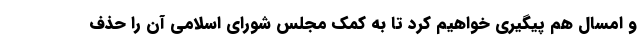
و امسال هم پیگیری خواهیم کرد تا به کمک مجلس شورای اسلامی آن را حذف